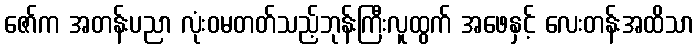
ဇော်က အတန်းပညာ လုံးဝမတတ်သည့်ဘုန်းကြီးလူထွက် အဖေနှင့် လေးတန်းအထိသာ